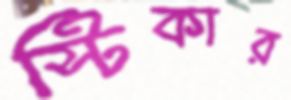
স্টিকার